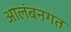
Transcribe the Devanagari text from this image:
आलंबनगत